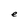
Character: e